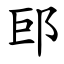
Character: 䢹